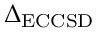
\Delta _ { \mathrm { E C C S D } }